King Institute of Preventive Medicine Bacteriolog. Section reports 1907-08
Year: 1907
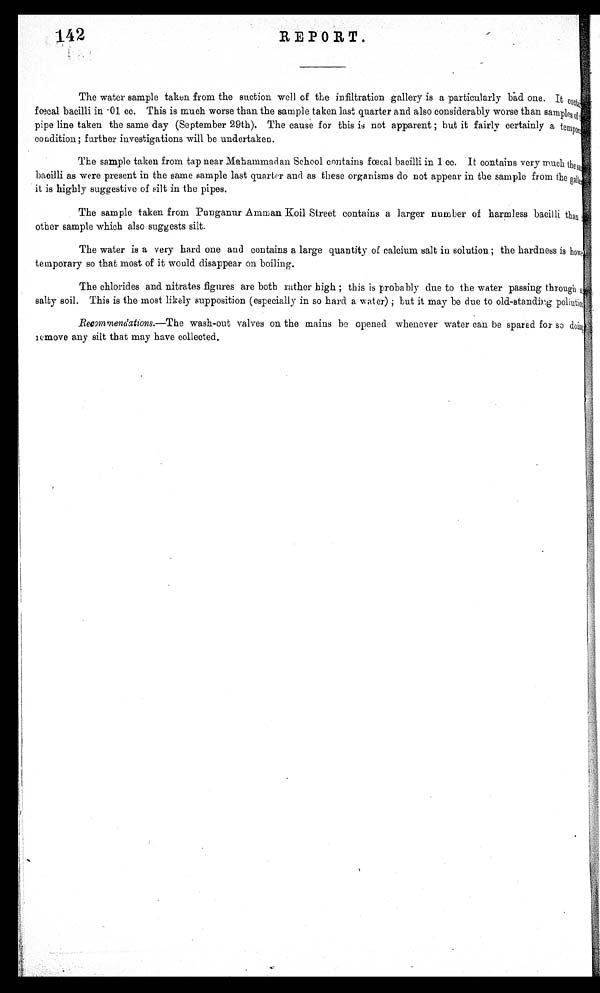
142
REPORT.
The water sample taken from the suction well of the infiltration gallery is a particularly bad one. It co
fœcal bacilli in • 0 1 c c . T h i s i s m u c h w o r s e t h a n t h e s a m p l e t a k e n l a s t q u a r t e r a n d a l s o c o n s i d e r a b l y w o r s e t h a n s a m p l e s o f ,
pipe line taken the same day (September 29th). The cause for this not apparent ; but it fairly certainly a tempor,
condition; further investigations will be undertaken.
The sample taken from tap near Mahammadan School contains fœcal bacilli in 1 cc. It contains very much the sa
bacilli as were present in the same sample last quarter and as these organisms do not appear in the sample from the galler
it is highly suggestive of silt in the pipes.
The sample taken from Punganur Amman Koil Street contains a larger number of harmless bacilli than
other sample which also suggests silt.
The water is a very hard one and contains a large quantity of calcium salt in solution ; the hardness is how
temporary so that most of it would disappear on boiling.
The chlorides and nitrates figures are both rather high ; this is probably due to the water passing through
salty soil. This is the most likely supposition (especially in so hard a water) ; but it may be due to old-standing poliution
.Recommendations.—The wash-out valves on the mains be opened whenever water can be spared for so doing
remove any silt that may have collected.